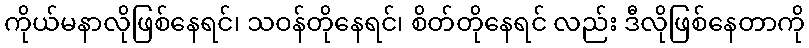
ကိုယ်မနာလိုဖြစ်နေရင်၊ သဝန်တိုနေရင်၊ စိတ်တိုနေရင် လည်း ဒီလိုဖြစ်နေတာကို